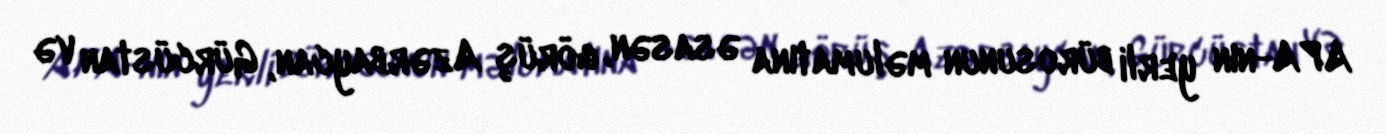
APA-nın yerli bürosunun məlumatına əsasən, görüş Azərbaycan, Gürcüstan və